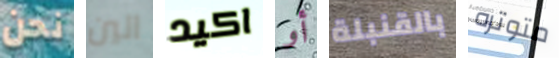
نحن الين اكيد أو بالقنبلة متوتره